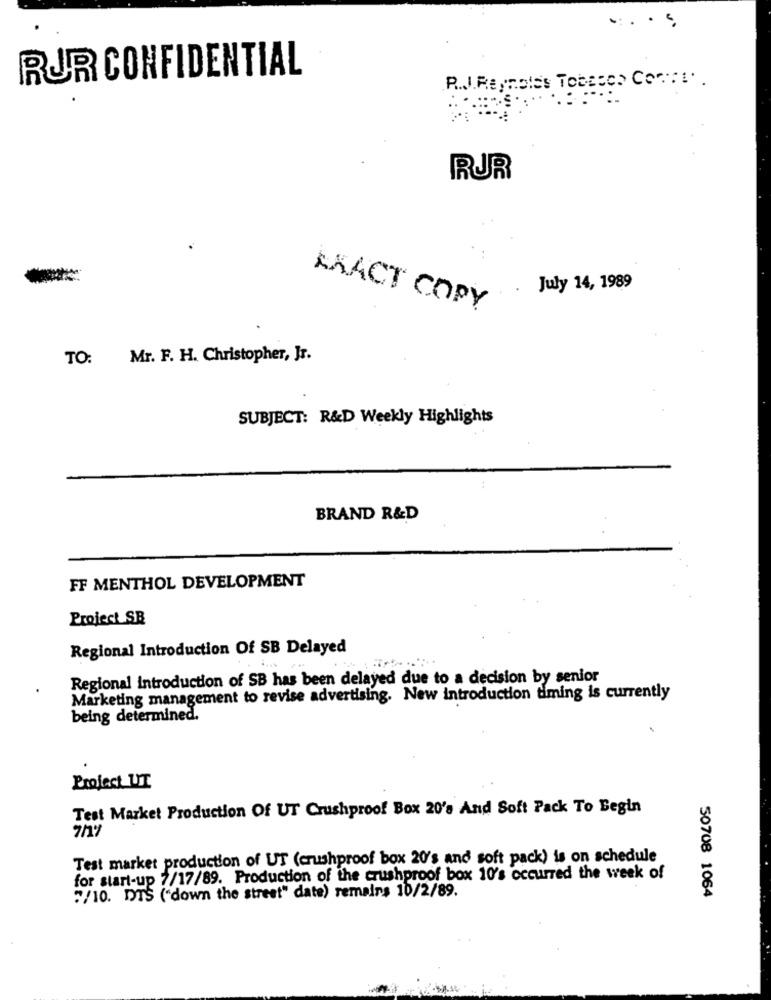
.
RUR CONFIDENTIAL
R.J. Reynolds Tobacco Corsi. .
RUR
..
July 14, 1989
EXACT COPY
TO: Mr. F. H. Christopher, Jr.
SUBJECT: R&D Weekly Highlights
BRAND R&D
FF MENTHOL DEVELOPMENT
Project SB
Regional Introduction Of SB Delayed
Regional introduction of SB has been delayed due to a decision by senior
Marketing management to revise advertising. New introduction timing is currently
being determined.
Project UT
Test Market Production Of UT Crushproof Box 20's And Soft Pack To Begin
Test market production of UT (crushproof box 20's and soft pack) is on schedule
for start-up 7/17/89. Production of the crushproof box 10's occurred the week of
"/10. DTS ("down the street" date) remains 10/2/89.
50708 1064